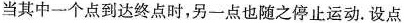
当其中一个点到达终点时，另一点也随之停止运动.设点